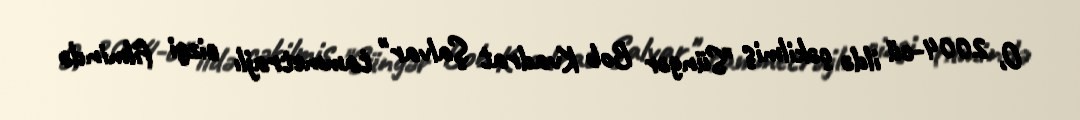
O, 2004-cü ildə çəkilmiş "Süngər Bob Kvadrat Şalvar" tammetrajlı cizgi filmində